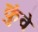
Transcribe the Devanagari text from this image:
कुंवे